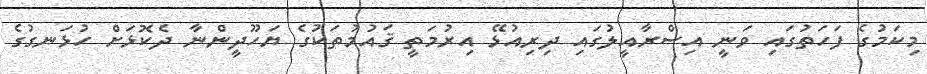
މިކަމުގެ ފަހަތުގައި ވަނީ އިސްރާއީލުގައި ދިރިއުޅޭ އިރުމަތީ ޤައުމުތަކުގެ ޔަހޫދީންނާ ދެކޮޅަށް ހުޅަނގުގެ